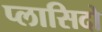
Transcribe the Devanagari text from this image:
प्लासिदो